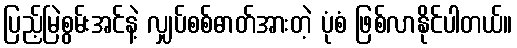
ပြည့်မြဲစွမ်းအင်နဲ့ လျှပ်စစ်ဓာတ်အားတဲ့ ပုံစံ ဖြစ်လာနိုင်ပါတယ်။